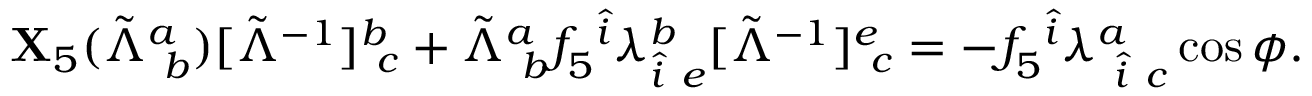
\begin{array} { r } { { \bf X } _ { 5 } ( \tilde { \Lambda } _ { ~ b } ^ { a } ) [ \tilde { \Lambda } ^ { - 1 } ] _ { ~ c } ^ { b } + \tilde { \Lambda } _ { ~ b } ^ { a } f _ { 5 } ^ { ~ \hat { i } } \lambda _ { \hat { i } ~ e } ^ { b } [ \tilde { \Lambda } ^ { - 1 } ] _ { ~ c } ^ { e } = - f _ { 5 } ^ { ~ \hat { i } } \lambda _ { ~ \hat { i } ~ c } ^ { a } \cos \phi . } \end{array}